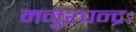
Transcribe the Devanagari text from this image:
मनुश्चन्द्रः